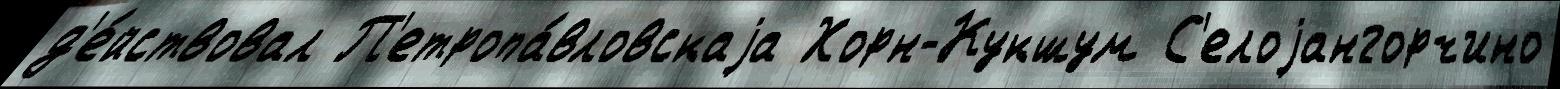
д'е́йствовал П'етропа́вловскаjа Хорн-Кукшум С'елоjангорчино